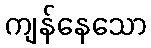
ကျန်နေသော